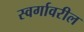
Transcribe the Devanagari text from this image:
स्वर्गावरील